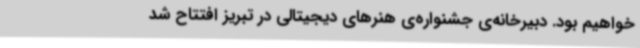
خواهیم بود. دبیرخانه‌ی جشنواره‌ی هنرهای دیجیتالی در تبریز افتتاح شد